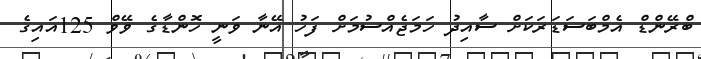
ބްރޭންޑް އެމްބަސަޑަރަކަށް ސާއިދު ހަމަޖެއްސުމަށް ފަހު އޭނާ ވަނީ ހޮންޑާގެ ވޭވް 125އައިގެ